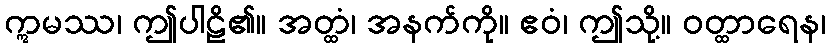
ဣမဿ၊ ဤပါဠိ၏။ အတ္ထံ၊ အနက်ကို။ ဧဝံ၊ ဤသို့။ ဝတ္ထာရေန၊